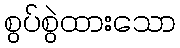
စွပ်စွဲထားသော